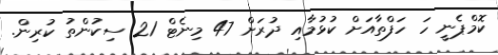
ކޮމްޕެނީ ހަ ހަފްތާއަށް ކުޅުމާއި ދުރަށް 47 މިނެޓް 21 ސިކުންތު ކުރިން.